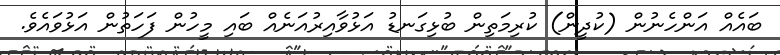
ބައެއް އަންހެނުން (ކުދީން) ކުރިމަތިން ބުޅިގަނޑު އަޅުވާއިރުއަނެއް ބައި މީހުން ފަހަތުން އަޅުވައެވެ.